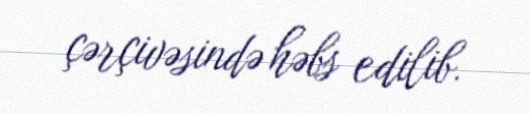
çərçivəsində həbs edilib.